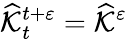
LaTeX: \widehat{\mathcal{K}}_{t}^{t+\varepsilon}=\widehat{\mathcal{K}}^{\varepsilon}